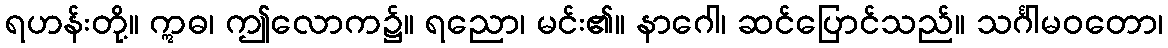
ရဟန်းတို့။ ဣဓ၊ ဤလောက၌။ ရညော၊ မင်း၏။ နာဂေါ၊ ဆင်ပြောင်သည်။ သင်္ဂါမဝတော၊